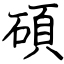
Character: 碩